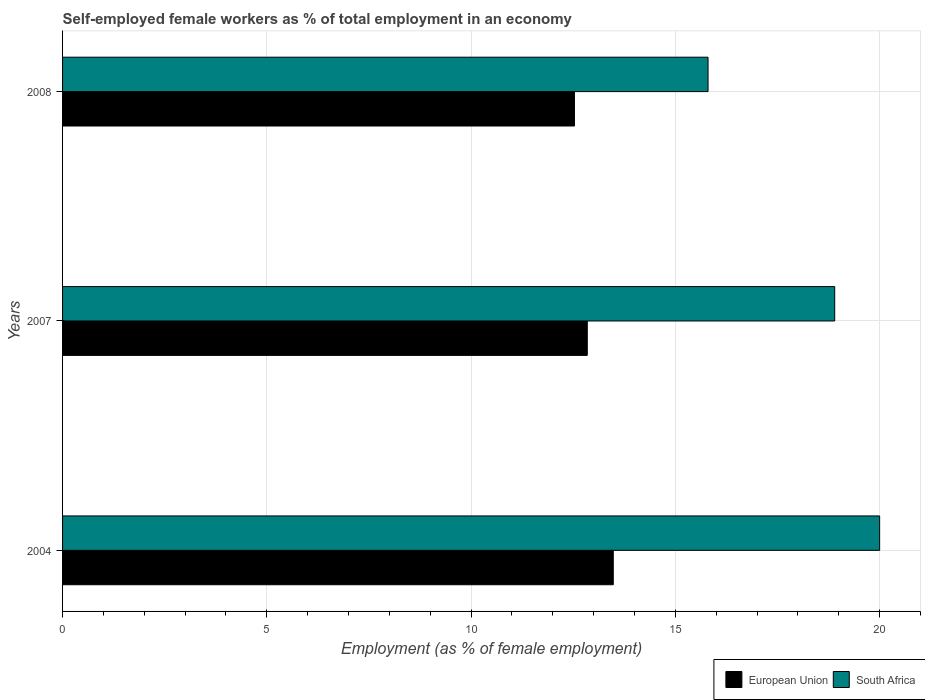
| Years | European Union | South Africa |
 | --- | --- | --- |
 | 2004 | 13.5 | 20 |
 | 2007 | 12.8 | 18.9 |
 | 2008 | 12.5 | 15.8 |